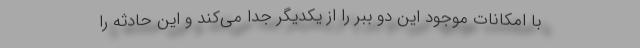
با امکانات موجود این دو ببر را از یکدیگر جدا می‌کند و این حادثه را